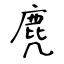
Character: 麂